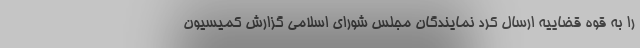
را به قوه قضاییه ارسال کرد نمایندگان مجلس شورای اسلامی گزارش کمیسیون